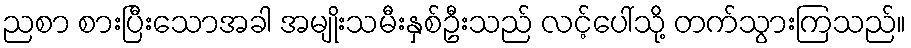
ညစာ စားပြီးသောအခါ အမျိုးသမီးနှစ်ဦးသည် လင့်ပေါ်သို့ တက်သွားကြသည်။